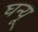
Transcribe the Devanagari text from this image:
घन्यू